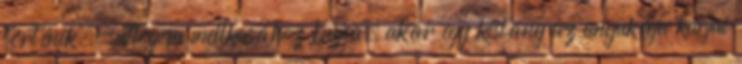
történik.-suttogom mellkasához bújva, akár egy kislány az anyukája karjai